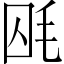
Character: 𣭃